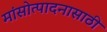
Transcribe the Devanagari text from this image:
मांसोत्पादनासाठी